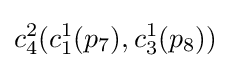
c_{4}^{2}(c_{1}^{1}(p_{7}),c_{3}^{1}(p_{8}))